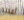
أعدته